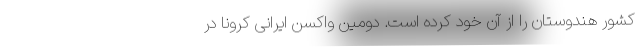
کشور هندوستان را از آن خود کرده است. دومین واکسن ایرانی کرونا در